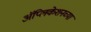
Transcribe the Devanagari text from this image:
अॅप्लिकेशनच्या